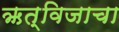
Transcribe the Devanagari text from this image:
ऋत्विजाचा